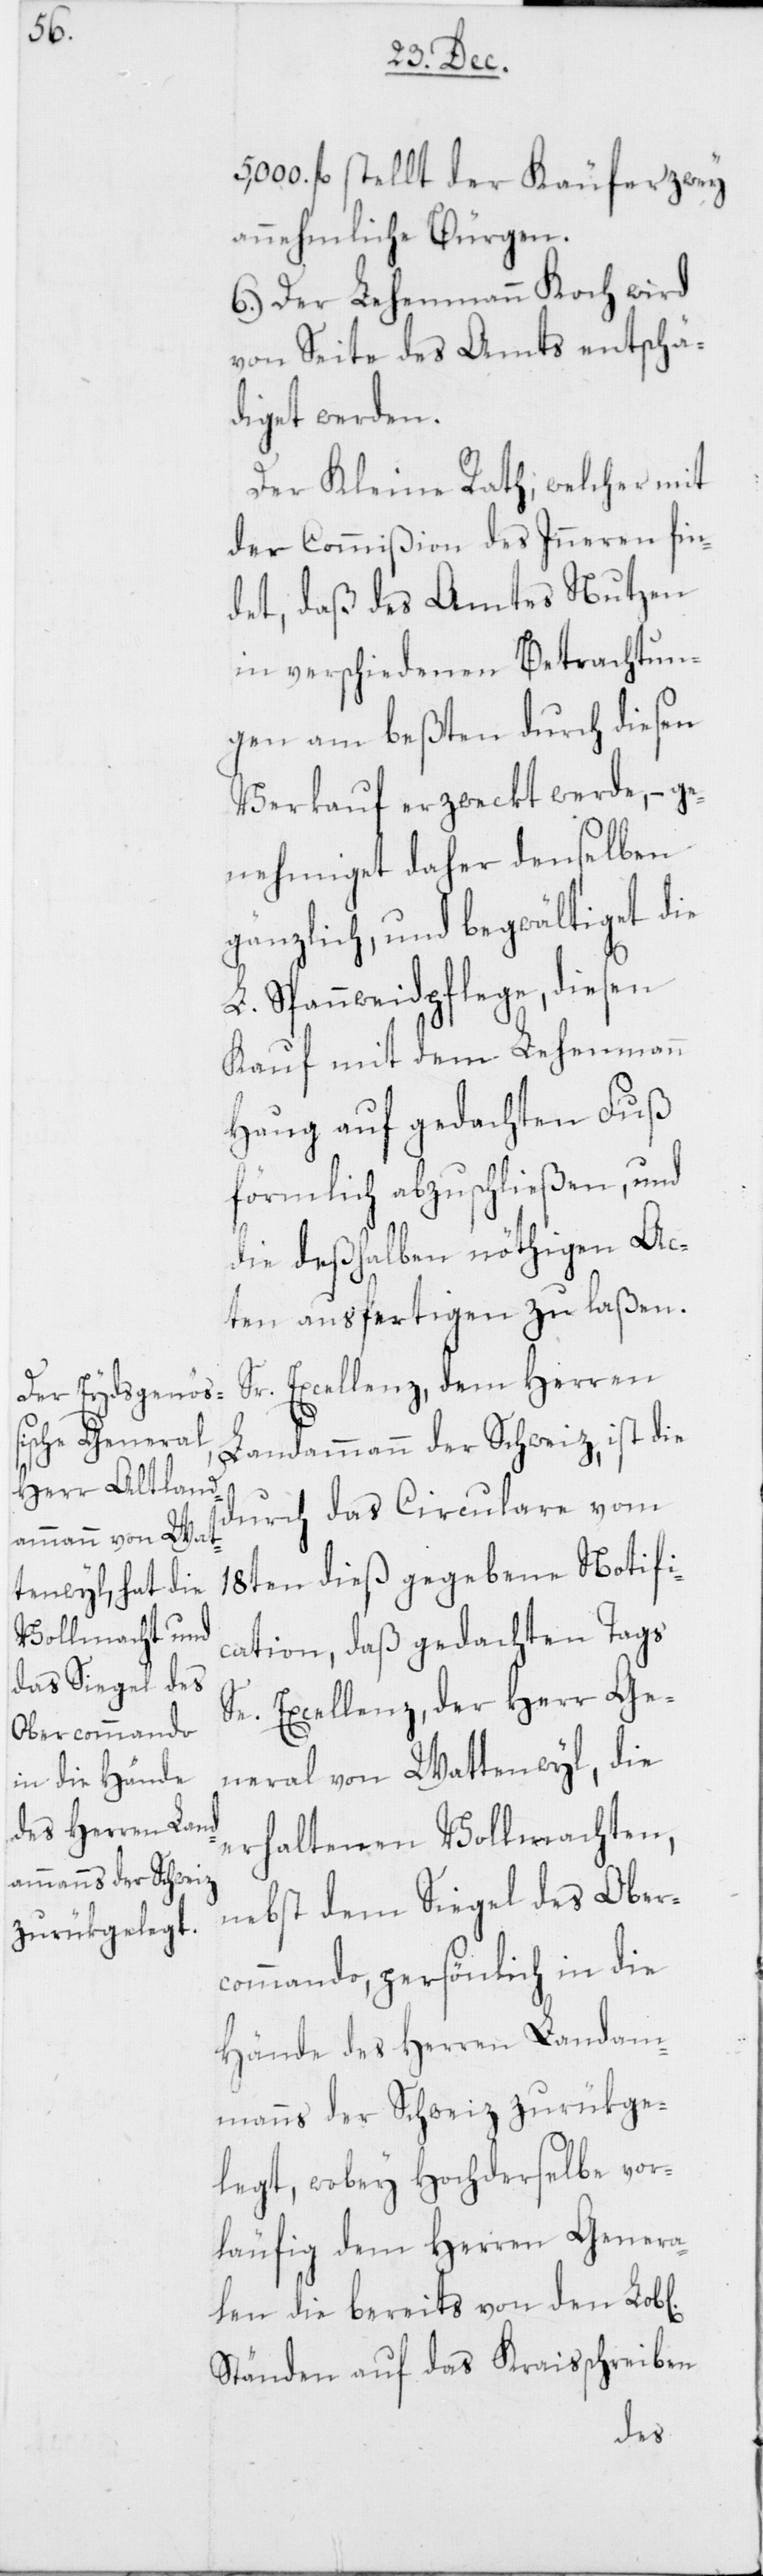
ichen]

5,000 fl. stellt der Käufer zwey
annehmliche Bürgen.
6. Der Lehenmann Koch wird
von Seite des Amts entschä¬
diget werden.
Der Kleine Rath, welcher mit
der Commißion des Inneren fin¬
det, daß des Amtes Nutzen
in verschiedenen Betrachtun¬
gen am beßten durch diesen
Verkauf erzweckt werde, – ge¬
nehmiget daher denselben
gänzlich, und begwältiget die
L. Spannweidpflege, diesen
Kauf mit dem Lehenmann
Haug auf gedachten Fuß
förmlich abzuschließen, und
die deßhalben nöthigen Ac¬
ten ausfertigen zu laßen.
Sr. Excellenz, dem Herren
Landammann der Schweiz, ist die
durch das Circulare vom
18ten dieß gegebene Notifi¬
cation, daß gedachten Tags
Se. Excellenz, der Herr Ge¬
neral von Wattenwyl, die
erhaltenen Vollmachten,
nebst dem Siegel des Ober¬
commando, persönlich in die
Hände des Herren Landam¬
manns der Schweiz zurükge¬
legt, wobey Hochderselbe vor¬
läufig dem Herren Genera¬
len die bereits von den Lob[l¬
Ständen auf das Kraisschreiben